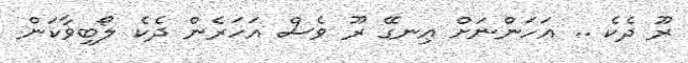
ރޫ ދެކެ .. އަހަންނަށް އިނގޭ ރޫ ވެސް އަހަރެން ދެކެ ލޯބިވާކަން